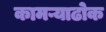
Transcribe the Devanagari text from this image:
कामऱ्याढोक